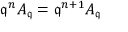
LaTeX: { \mathfrak { q } } ^ { n } A _ { \mathfrak { q } } = { \mathfrak { q } } ^ { n + 1 } A _ { \mathfrak { q } }